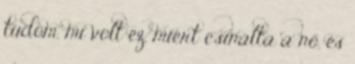
tudom, mi volt ez, miért csinálta a nő, és